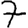
Digit: 7